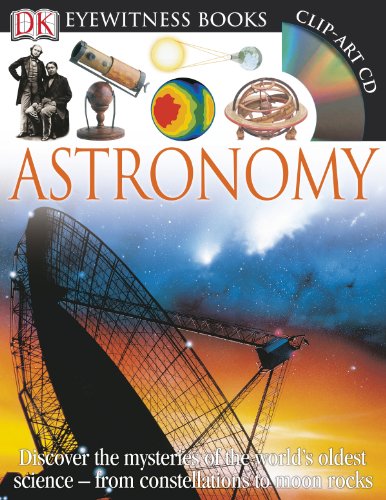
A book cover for DK Eyewitness Books: Astronomy; Kristen Lippincott; Children's Books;